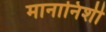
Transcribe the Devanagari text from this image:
मानानिशी